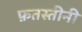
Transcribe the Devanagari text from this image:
फ़तस्तीनी